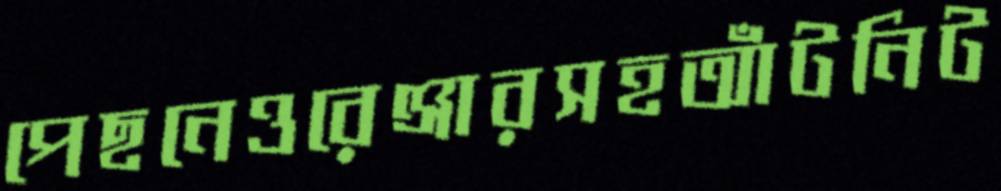
পেছনেওরেঞ্জারসহআঁটনিট